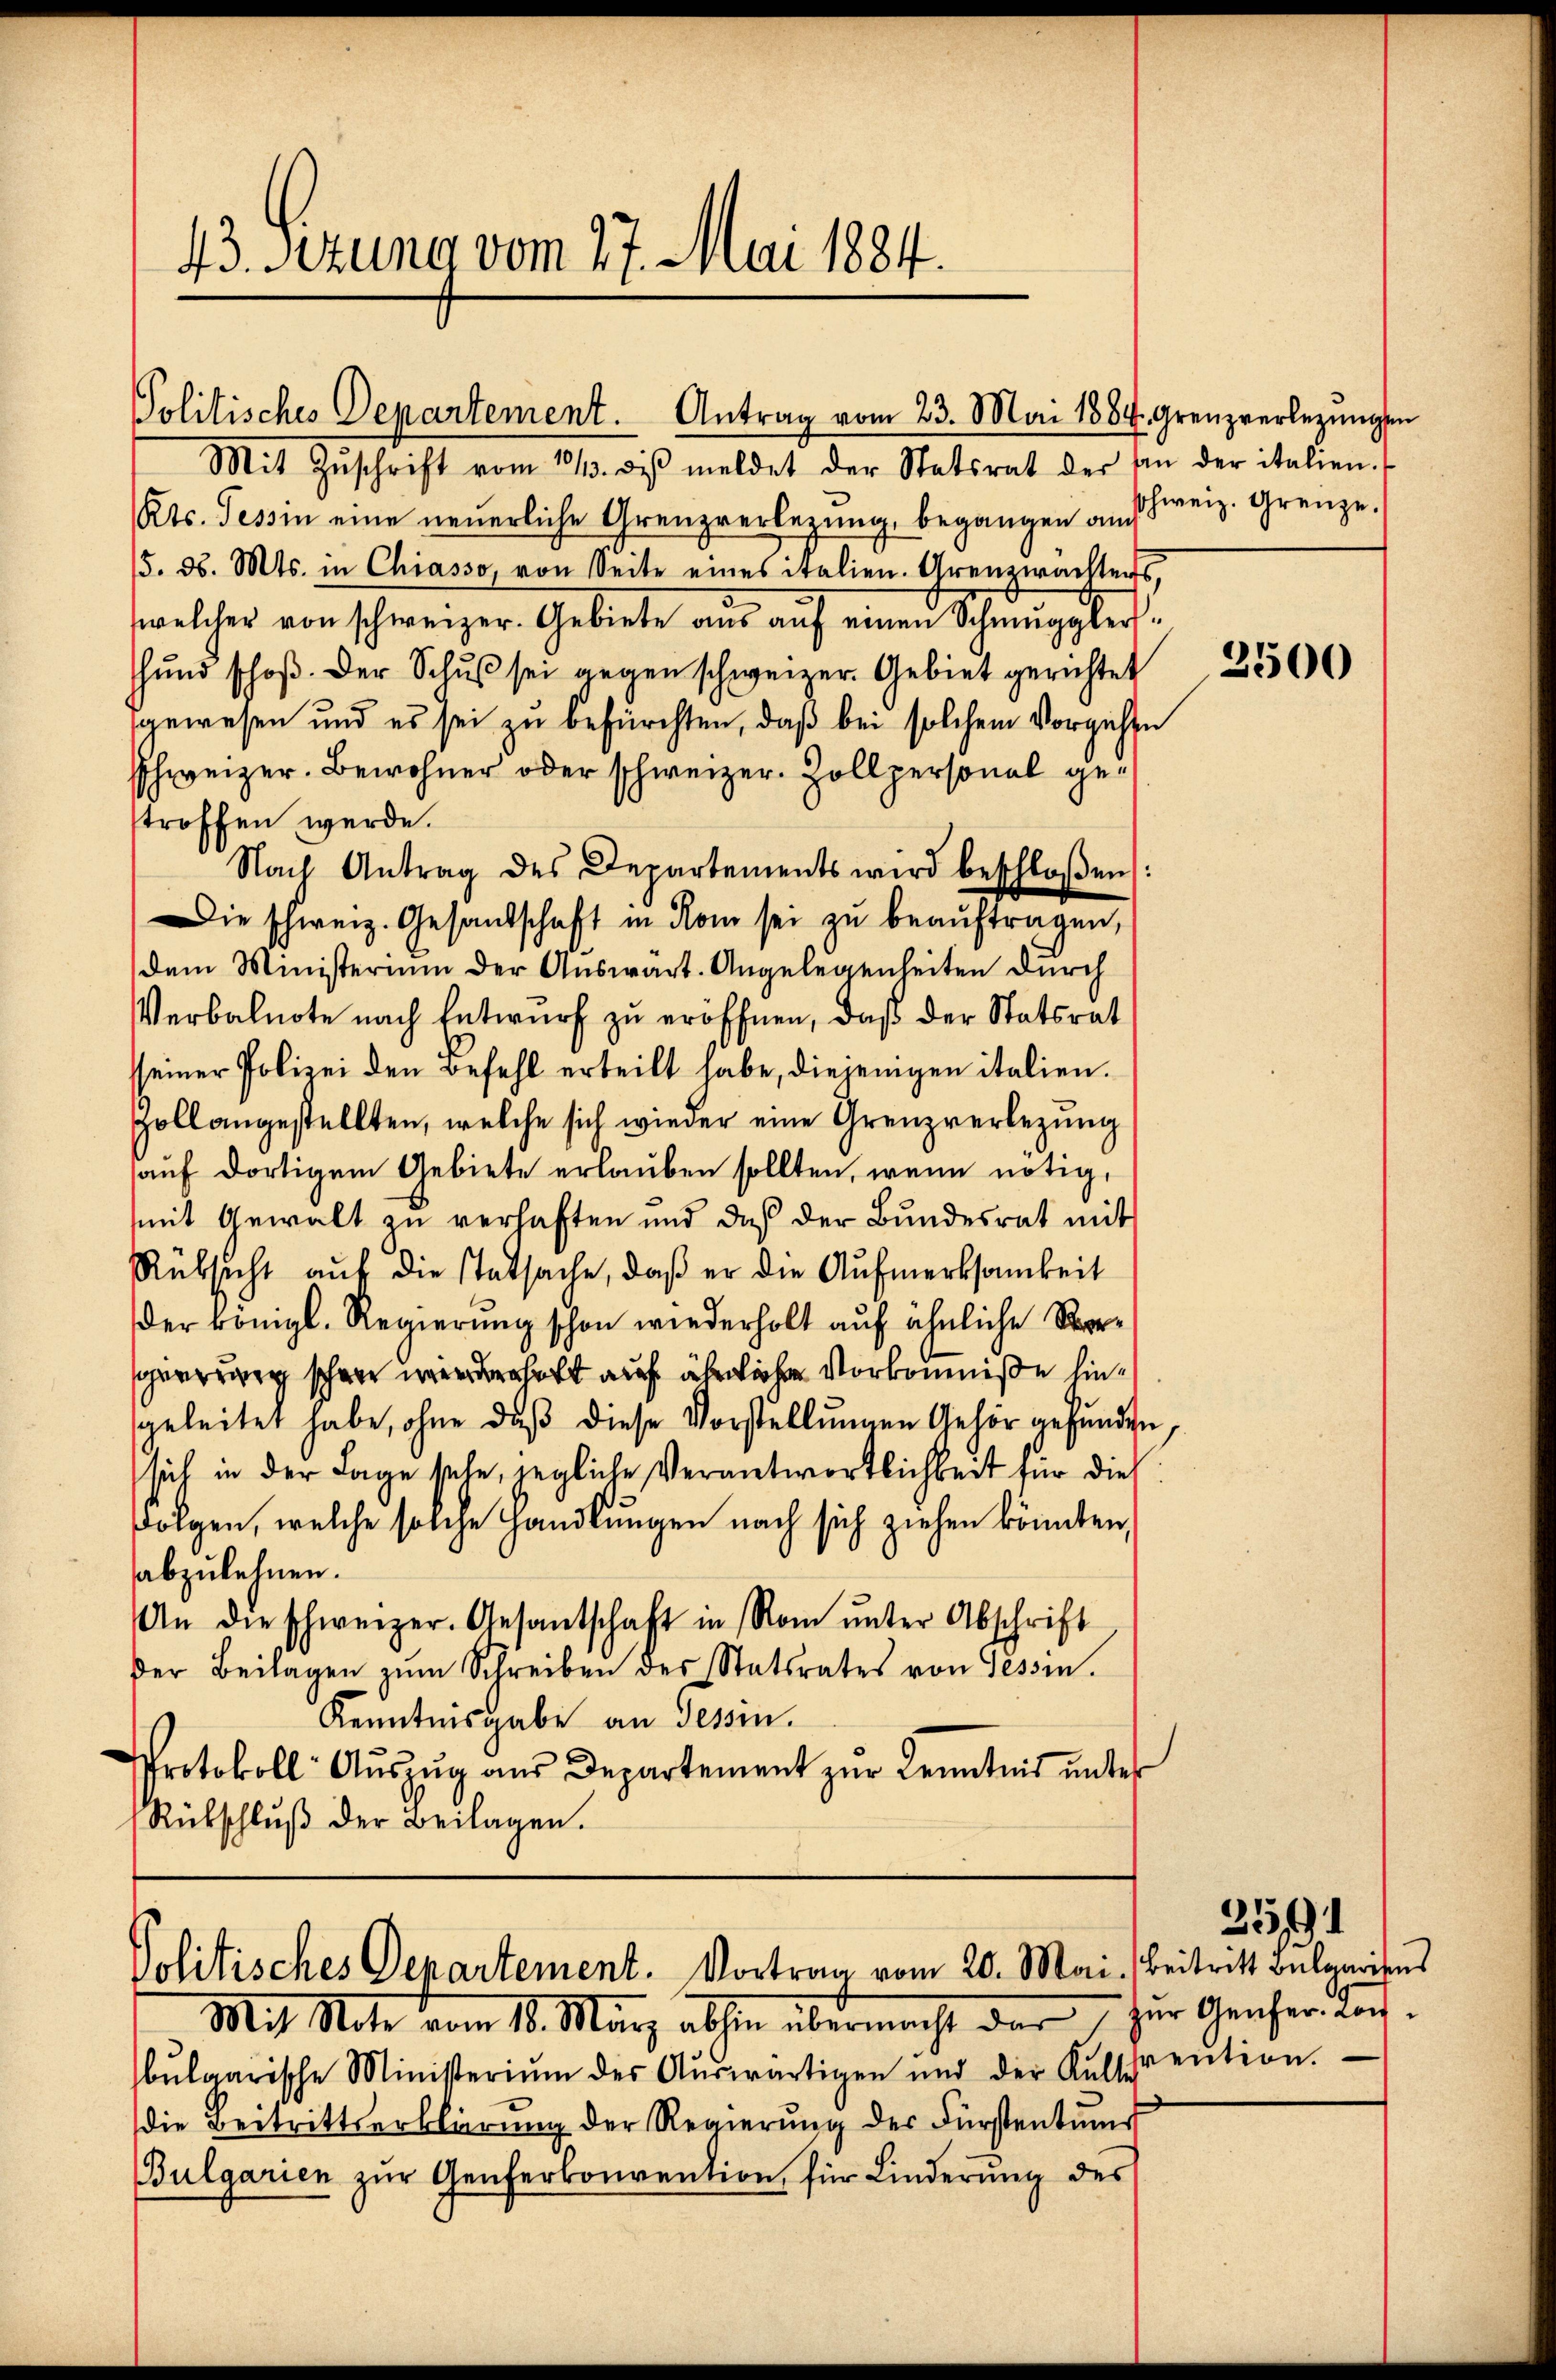
43. Sezung vom 27. Mai 1884.

Politisches Departement. Antrag vom 23. Mai 1884. Grenzverlegungen

Mit Zŭschrift vom 21. dβ meldet der Statsrat der an der italien.
Kts. Tessin eine neuerliche Grenzverbezung, begangen auch
5. d. Mts. in Chiasso, von Seite eines italien. Grenzwachters,
welcher von schweizer. Gebiete aŭs aŭf einen Schmuggler-
ŭnd schoβ. Der Schŭβ sei gegen schweizer. Gebiet gerichtet
gewesen und es sei zu befürchten, daß bei solchem Vorgehen
schweizer. Bewohner oder schweizer. Zollpersonal gestroffen werde.
Nach Antrag des Departements wird beschloßen:
Die schweiz. Gesandschaft in Rom sei zu beauftragen,
dem Ministerium der Auswart. Angelegenheiten durch
Verbalnote nach Entwurf zu eröffnen, daß der Statsrat
sseiner Polizei den Befehl erteilt habe, diejenigen italien.
Zoll angestellten, welche sich wieder eine Grenzverbezung
auf dortigem Gebiete erlauben sollten, wenn nötig,
mit Gewalt zu verhaften und daß der Bundesrat mit
Rüksicht auf die statsache, daß er die Aufmerksamkeit
der Königl. Regierung schon wiederholt auf ähnliche Rorsperrung schöne werderhaft auf ähnliche Vorkomniße hingeleitet habe, ohne daß diese Vorstellungen Gehör gefunden
sich in der Lage sehe, jegliche Verantwortlichkeit für dies
folgen, welche solche Handlungen nach sich ziehen könnten,
abzulehnen.
An die schweizer. Gesantschaft in Rom ŭnter Abschrift
der Beilagen zŭm Schreiben des tatsrates von Tessin.
Kenntnisgabe an Tessin.
Protokoll Aŭszŭg aŭs Departement zŭr Kenntnis unter
Rütschlŭβ der Beilagen.

Politisches Departement. Vortrag vom 20. Mai. Beitritt bulgarises

Mit Note vom 18. März absten übermacht der für Genfer darf.
bŭlgarische Ministerium der Aŭswärtigen und der Kutschention.
die Beitrittserklärung der Regierung des Fürstentums
Bulgarien zŭr Genferkonvention für Linderŭng des

schweiz. Grenze.

2500

2591